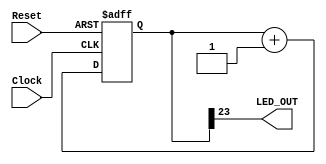
//LED_

module LED_Flicker
#(parameter bw_cntr = 24)	//Counter Bit Width
(
input Clock,Reset,
output LED_OUT
);
	
	reg [bw_cntr-1:0] rCNTR;
	assign LED_OUT = rCNTR[bw_cntr-1];
	always@(posedge Clock or posedge Reset )begin
		if(Reset) begin
			rCNTR	<= 0;
		end	else begin
			rCNTR	<= rCNTR + 1;
		end
	end
endmodule